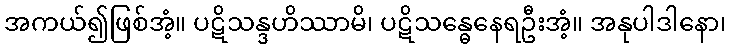
အကယ်၍ဖြစ်အံ့။ ပဋိသန္ဒဟိဿာမိ၊ ပဋိသန္ဓေနေရဦးအံ့။ အနုပါဒါနော၊